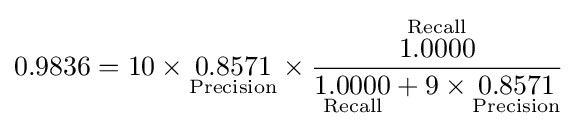
0.9836=10\times {\underset {\text{Precision}}{0.8571}}\times {\frac {\overset {\text{Recall}}{1.0000}}{{\underset {\text{Recall}}{1.0000}}+9\times {\underset {\text{Precision}}{0.8571}}}}